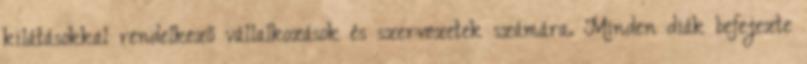
kilátásokkal rendelkező vállalkozások és szervezetek számára. Minden diák befejezte